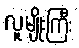
လူမျိုးကြီး